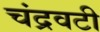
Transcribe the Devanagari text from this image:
चंद्रवटी